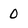
Character: 0